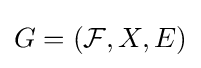
G=({\mathcal {F}},X,E)